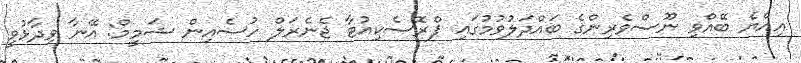
އިއްޔެ ބޭއްވި ނޫސްވެރިންގެ ބައްދަލުވުމުގައި ޕްރޮސެކިއުޓާ ޖެނެރަލް ހުސެއިން ޝަމީމް: އޭނާ ވިދާޅުވީ